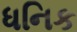
ધનિક